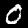
Digit: 0